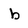
Character: b